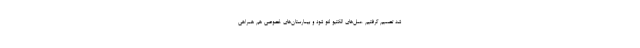
شد تصمیم گرفتیم عمل‌های الکتیو لغو شود و بیمارستان‌های خصوصی هم همراهی